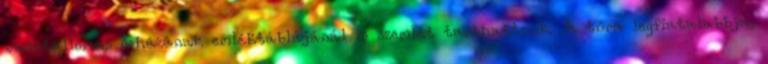
vasútállomás őrházának emléktáblájánál is szemlét tarthattunk. A túra legfiatalabbja,